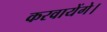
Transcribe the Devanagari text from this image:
करवायेंगे।